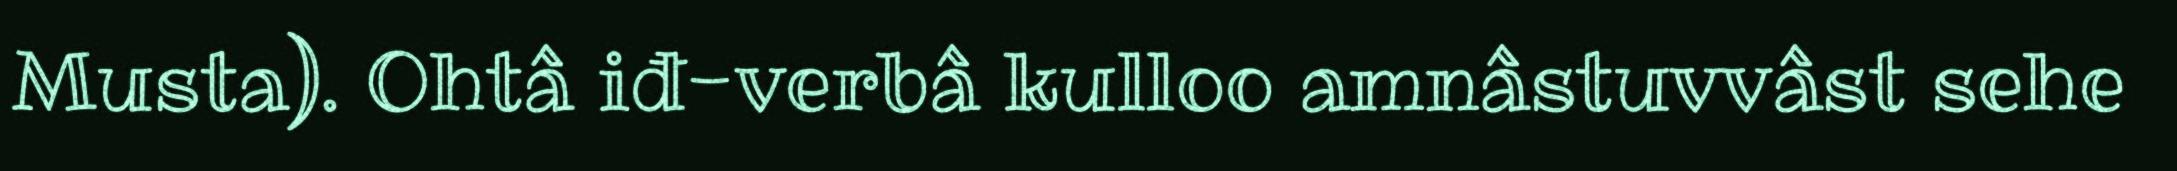
Musta). Ohtâ iđ-verbâ kulloo amnâstuvvâst sehe